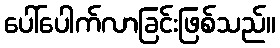
ပေါ်ပေါက်လာခြင်းဖြစ်သည်။